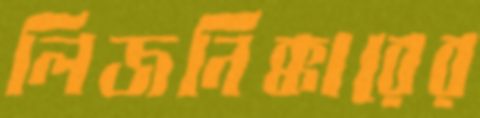
লিজনিক্কারের